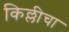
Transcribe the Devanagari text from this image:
किल्लीचा